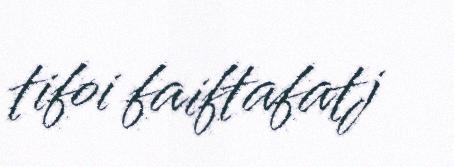
tifoi faiftafatj